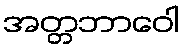
အတ္တဘာဝေါ